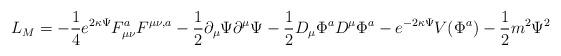
LaTeX: \begin{align*}L_{M}=-\frac{1}{4} e^{2\kappa\Psi}F_{\mu\nu}^{a}F^{\mu\nu,a}-\frac{1}{2}\partial_{\mu}\Psi\partial^{\mu}\Psi-\frac{1}{2}D_{\mu}\Phi^{a} D^{\mu}\Phi^{a}-e^{-2\kappa\Psi}V(\Phi^{a})-\frac{1}{2}m^2\Psi^2\end{align*}